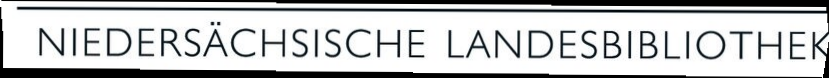
NIEDERSÄCHSISCHE LANDESBIBLIOTHEK